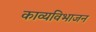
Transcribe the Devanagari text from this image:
काव्यविभाजन